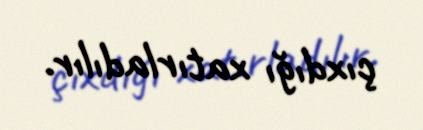
çıxdığı xatırladılır.